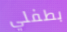
بطفلي